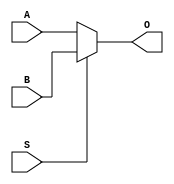
`timescale 1ns / 1ps
module mux_2_1(
    input S, //the selector
    input [63:0] A, //two inputs of size 1 bit each.
    input [63:0] B,
    output [63:0] O //the output as a 1-bit number
);
//choose output depending on which one is chosen.
assign O = (S ? B : A);
endmodule